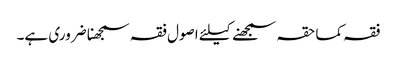
فقہ کما حقہ سمجھنے کیلئے اصول فقہ سمجھنا ضروری ہے۔